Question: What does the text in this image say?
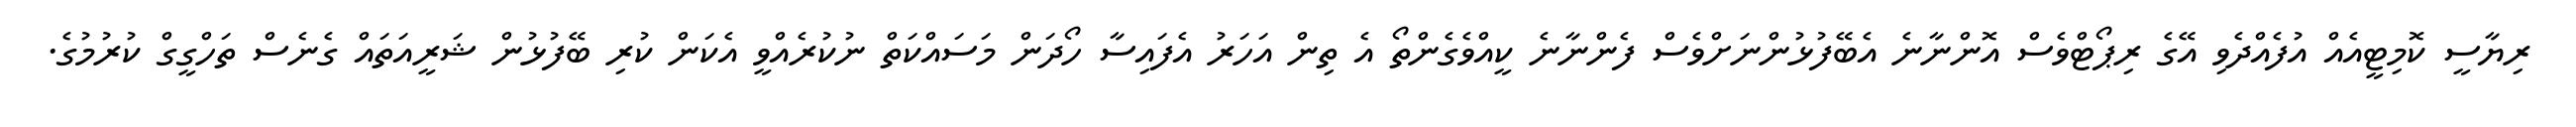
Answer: ރިޔާސީ ކޮމިޓީއެއް އުފެއްދެވި އޭގެ ރިޕޯޓްވެސް އޮންނާނެ އެބޭފުޅުންނަށްވެސް ފެންނާނެ ކީއްވެގެންތޯ އެ ތިން އަހަރު އެފައިސާ ހޯދަން މަސައްކަތް ނުކުރެއްވީ އެކަން ކުރި ބޭފުޅުން ޝަރީއަތައް ގެނެސް ތަހްގީގް ކުރުމުގެ.